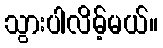
သွားပါလိမ့်မယ်။